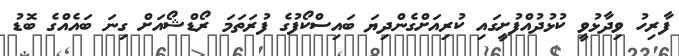
ފާރިހު ވިދާޅުވީ ކުޅުދުއްފުށީގައި ކުރިއަށްގެންދިޔަ ބައިސްކޯފުގެ ފުރަތަމަ ރޯޑްޝޯއަށް ގިނަ ބައެއްގެ ބޮޑު